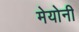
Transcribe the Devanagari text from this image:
मेयोनी